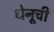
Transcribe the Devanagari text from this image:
धेनूची